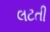
લટતી